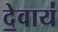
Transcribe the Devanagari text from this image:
दे॒वाय॑